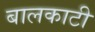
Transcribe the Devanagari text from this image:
बालकाटी